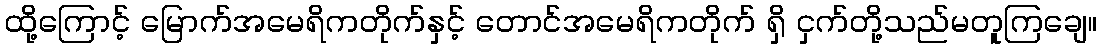
ထို့ကြောင့် မြောက်အမေရိကတိုက်နှင့် တောင်အမေရိကတိုက် ရှိ ငှက်တို့သည်မတူကြချေ။